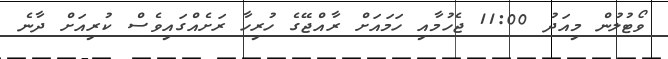
ވޯޓުލުން މިއަދު 11:00 ޖެހުމާއި ހަމައަށް ރާއްޖޭގެ ހުރިހާ ރަށެއްގައިވެސް ކުރިއަށް ދާނެ